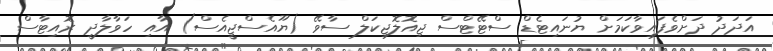
އަދަދު ދަށްވެފައިވާކަމަށް ޔުނައިޓެޑް ސްޓޭޓްސް ޖިއޮލޮޖިކަލް ސާވޭ (ޔޫއެސްޖީއެސް) އާއި ހަވާލާދީ ރޮއިޓާސް